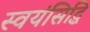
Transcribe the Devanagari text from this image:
स्वयंसिद्धि